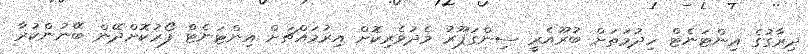
ދިރާގުގެ އިންޓަނެޓް ހިދުމަތަށް ބުރޫއެރީ ސިންގަޕޫރު މެދުވެރިކޮށް އިރުމައްޗަށް އިންޓަނެޓް ފޯރުކޮށްދޭން ބޭނުންކުރާ